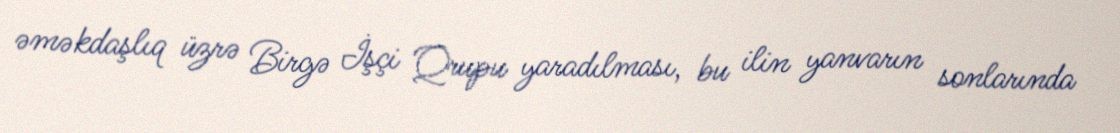
əməkdaşlıq üzrə Birgə İşçi Qrupu yaradılması, bu ilin yanvarın sonlarında